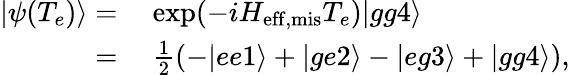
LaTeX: \begin{array}{rl}{|\psi(T_{e})\rangle=}&{{}~\mathrm{exp}(-iH_{\mathrm{eff,mis}}T_{e})|gg4\rangle}\\ {=}&{{}~\frac{1}{2}(-|ee1\rangle+|ge2\rangle-|eg3\rangle+|gg4\rangle),}\end{array}